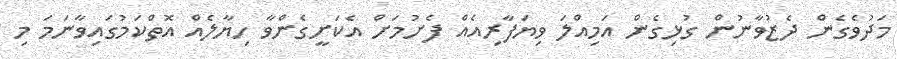
މަދުވެގެން ދެޒުވާނުން ގުޅިގެން އަމިއްލަ ވިޔަފާރިއެއް ފެށުމަށް އެކަށީގެންވާ ހިޔާލެއް އޮތްކަމުގައިވާނަމަ މި